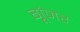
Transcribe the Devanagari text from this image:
गूंजर